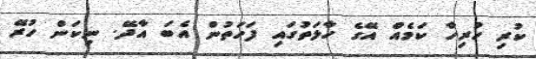
ކުރި ހުރިހާ ކަމެއް އޭގެ ހާލަތުގައި ފަހަތުން އެބަ އާދޭ. ނިކަން ހުރޭ